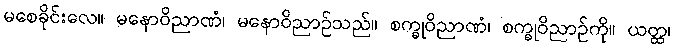
မစေခိုင်းလေ။ မနောဝိညာဏံ၊ မနောဝိညာဉ်သည်။ စက္ခုဝိညာဏံ၊ စက္ခုဝိညာဉ်ကို။ ယတ္ထ၊